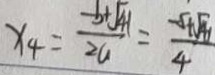
x _ { 4 } = \frac { - b + \sqrt { 4 1 } } { 2 a } = \frac { - 5 + \sqrt { 4 1 } } { 4 }